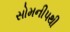
સોમનીપથી